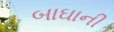
બાઘાની